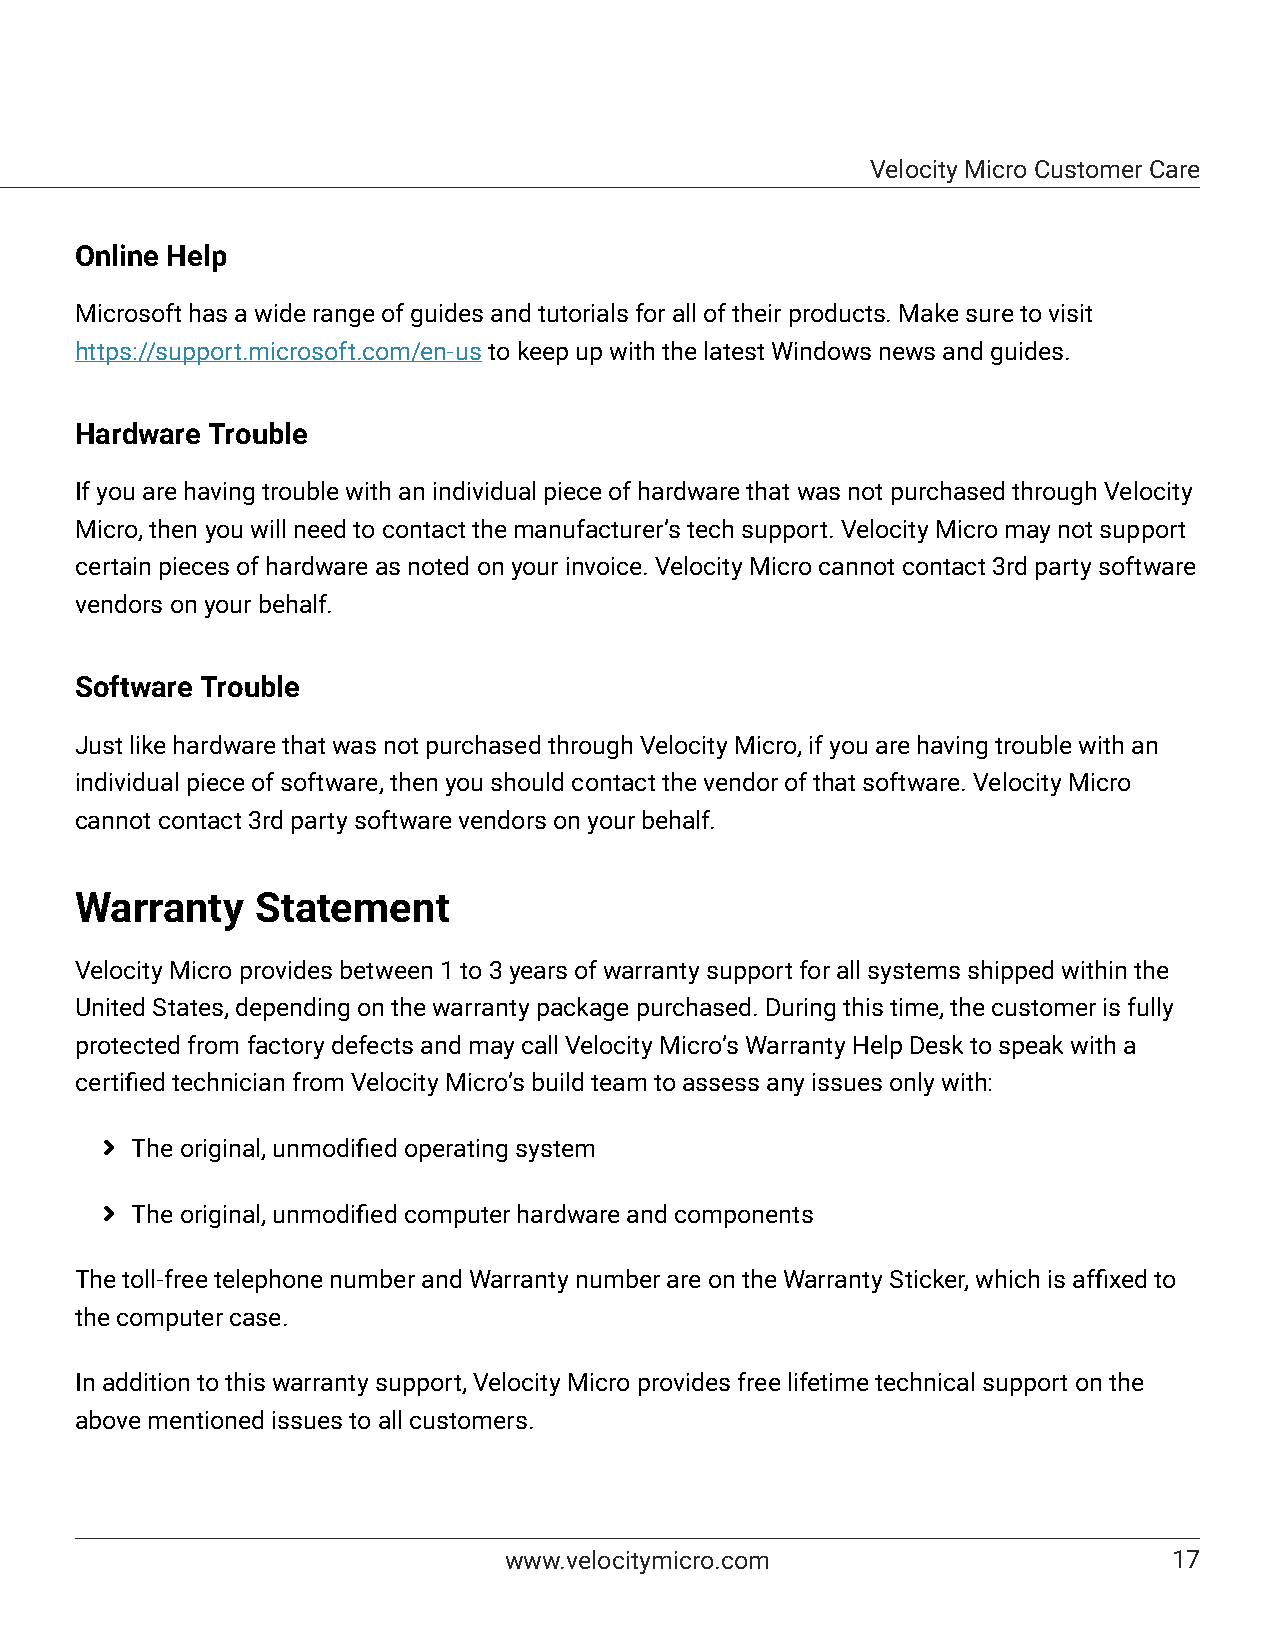
Velocity Micro Customer Care
 Online Help
 Microsoft has a wide range of guides and tutorials for all of their products. Make sure to visit
 https://support.microsoft.com/en-us to keep up with the latest Windows news and guides.
 Hardware Trouble
 If you are having trouble with an individual piece of hardware that was not purchased through Velocity
 Micro, then you will need to contact the manufacturer’s tech support. Velocity Micro may not support
 certain pieces of hardware as noted on your invoice. Velocity Micro cannot contact 3rd party software
 vendors on your behalf.
 Software Trouble
 Just like hardware that was not purchased through Velocity Micro, if you are having trouble with an
 individual piece of software, then you should contact the vendor of that software. Velocity Micro
 cannot contact 3rd party software vendors on your behalf.
 Warranty    Statement
 Velocity Micro provides between 1 to 3 years of warranty support for all systems shipped within the
 United States, depending on the warranty package purchased. During this time, the customer is fully
 protected from factory defects and may call Velocity Micro’s Warranty Help Desk to speak with a
 certified technician from Velocity Micro’s build team to assess any issues only with:
 þ The original, unmodified operating system
 þ The original, unmodified computer hardware and components
 The toll-free telephone number and Warranty number are on the Warranty Sticker, which is affixed to
 the computer case.
 In addition to this warranty support, Velocity Micro provides free lifetime technical support on the
 above mentioned issues to all customers.
 www.velocitymicro.com                        17